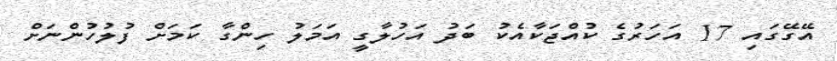
އޭގޭގައި 17 އަހަރުގެ ކުއްޖަކާއެކު ބަދު އަހުލާގީ އަމަލު ހިންގާ ކަމަށް ފުލުހުންނަށް